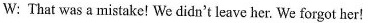
W: That was a mistake! We didn't leave her.We forgot her!